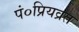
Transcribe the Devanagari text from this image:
पं०प्रियव्रत